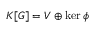
K [ G ] = V \oplus \ker \phi